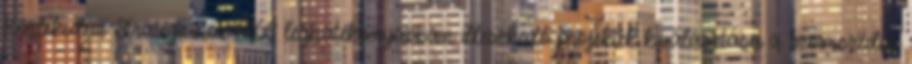
Közlekedési Stratégiához NKS leghatékonyabban illeszkedő projektek kiválasztása a szomszédos